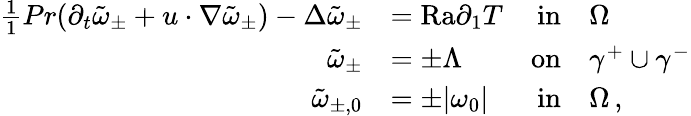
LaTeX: \begin{array}{rlrl}{\frac{1}{1}{{Pr}}(\partial_{t}\tilde{\omega}_{\pm}+u\cdot\nabla\tilde{\omega}_{\pm})-\Delta\tilde{\omega}_{\pm}}&{={\mathrm{Ra}}\partial_{1}T}&{\textnormal{in}}&{\Omega}\\ {\tilde{\omega}_{\pm}}&{=\pm\Lambda}&{\textnormal{on}}&{\gamma^{+}\cup\gamma^{-}}\\ {\tilde{\omega}_{\pm,0}}&{=\pm|\omega_{0}|}&{\textnormal{in}}&{\Omega\, ,}\end{array}